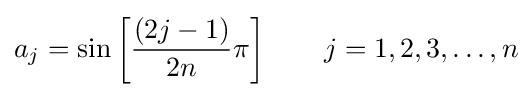
a_{j}=\sin \left[{\frac {(2j-1)}{2n}}\pi \right]\qquad j=1,2,3,\ldots ,n